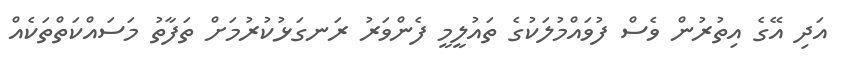
އަދި އޭގެ އިތުރުން ވެސް ފުވައްމުލަކުގެ ތައުލީމީ ފެންވަރު ރަނގަޅުކުރުމަށް ތަފާތު މަސައްކަތްތަކެއް